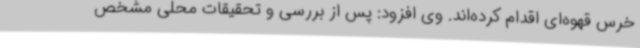
خرس قهوه‌ای اقدام کرده‌اند. وی افزود: پس از بررسی و تحقیقات محلی مشخص